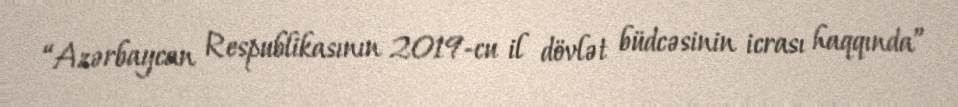
“Azərbaycan Respublikasının 2019-cu il dövlət büdcəsinin icrası haqqında”